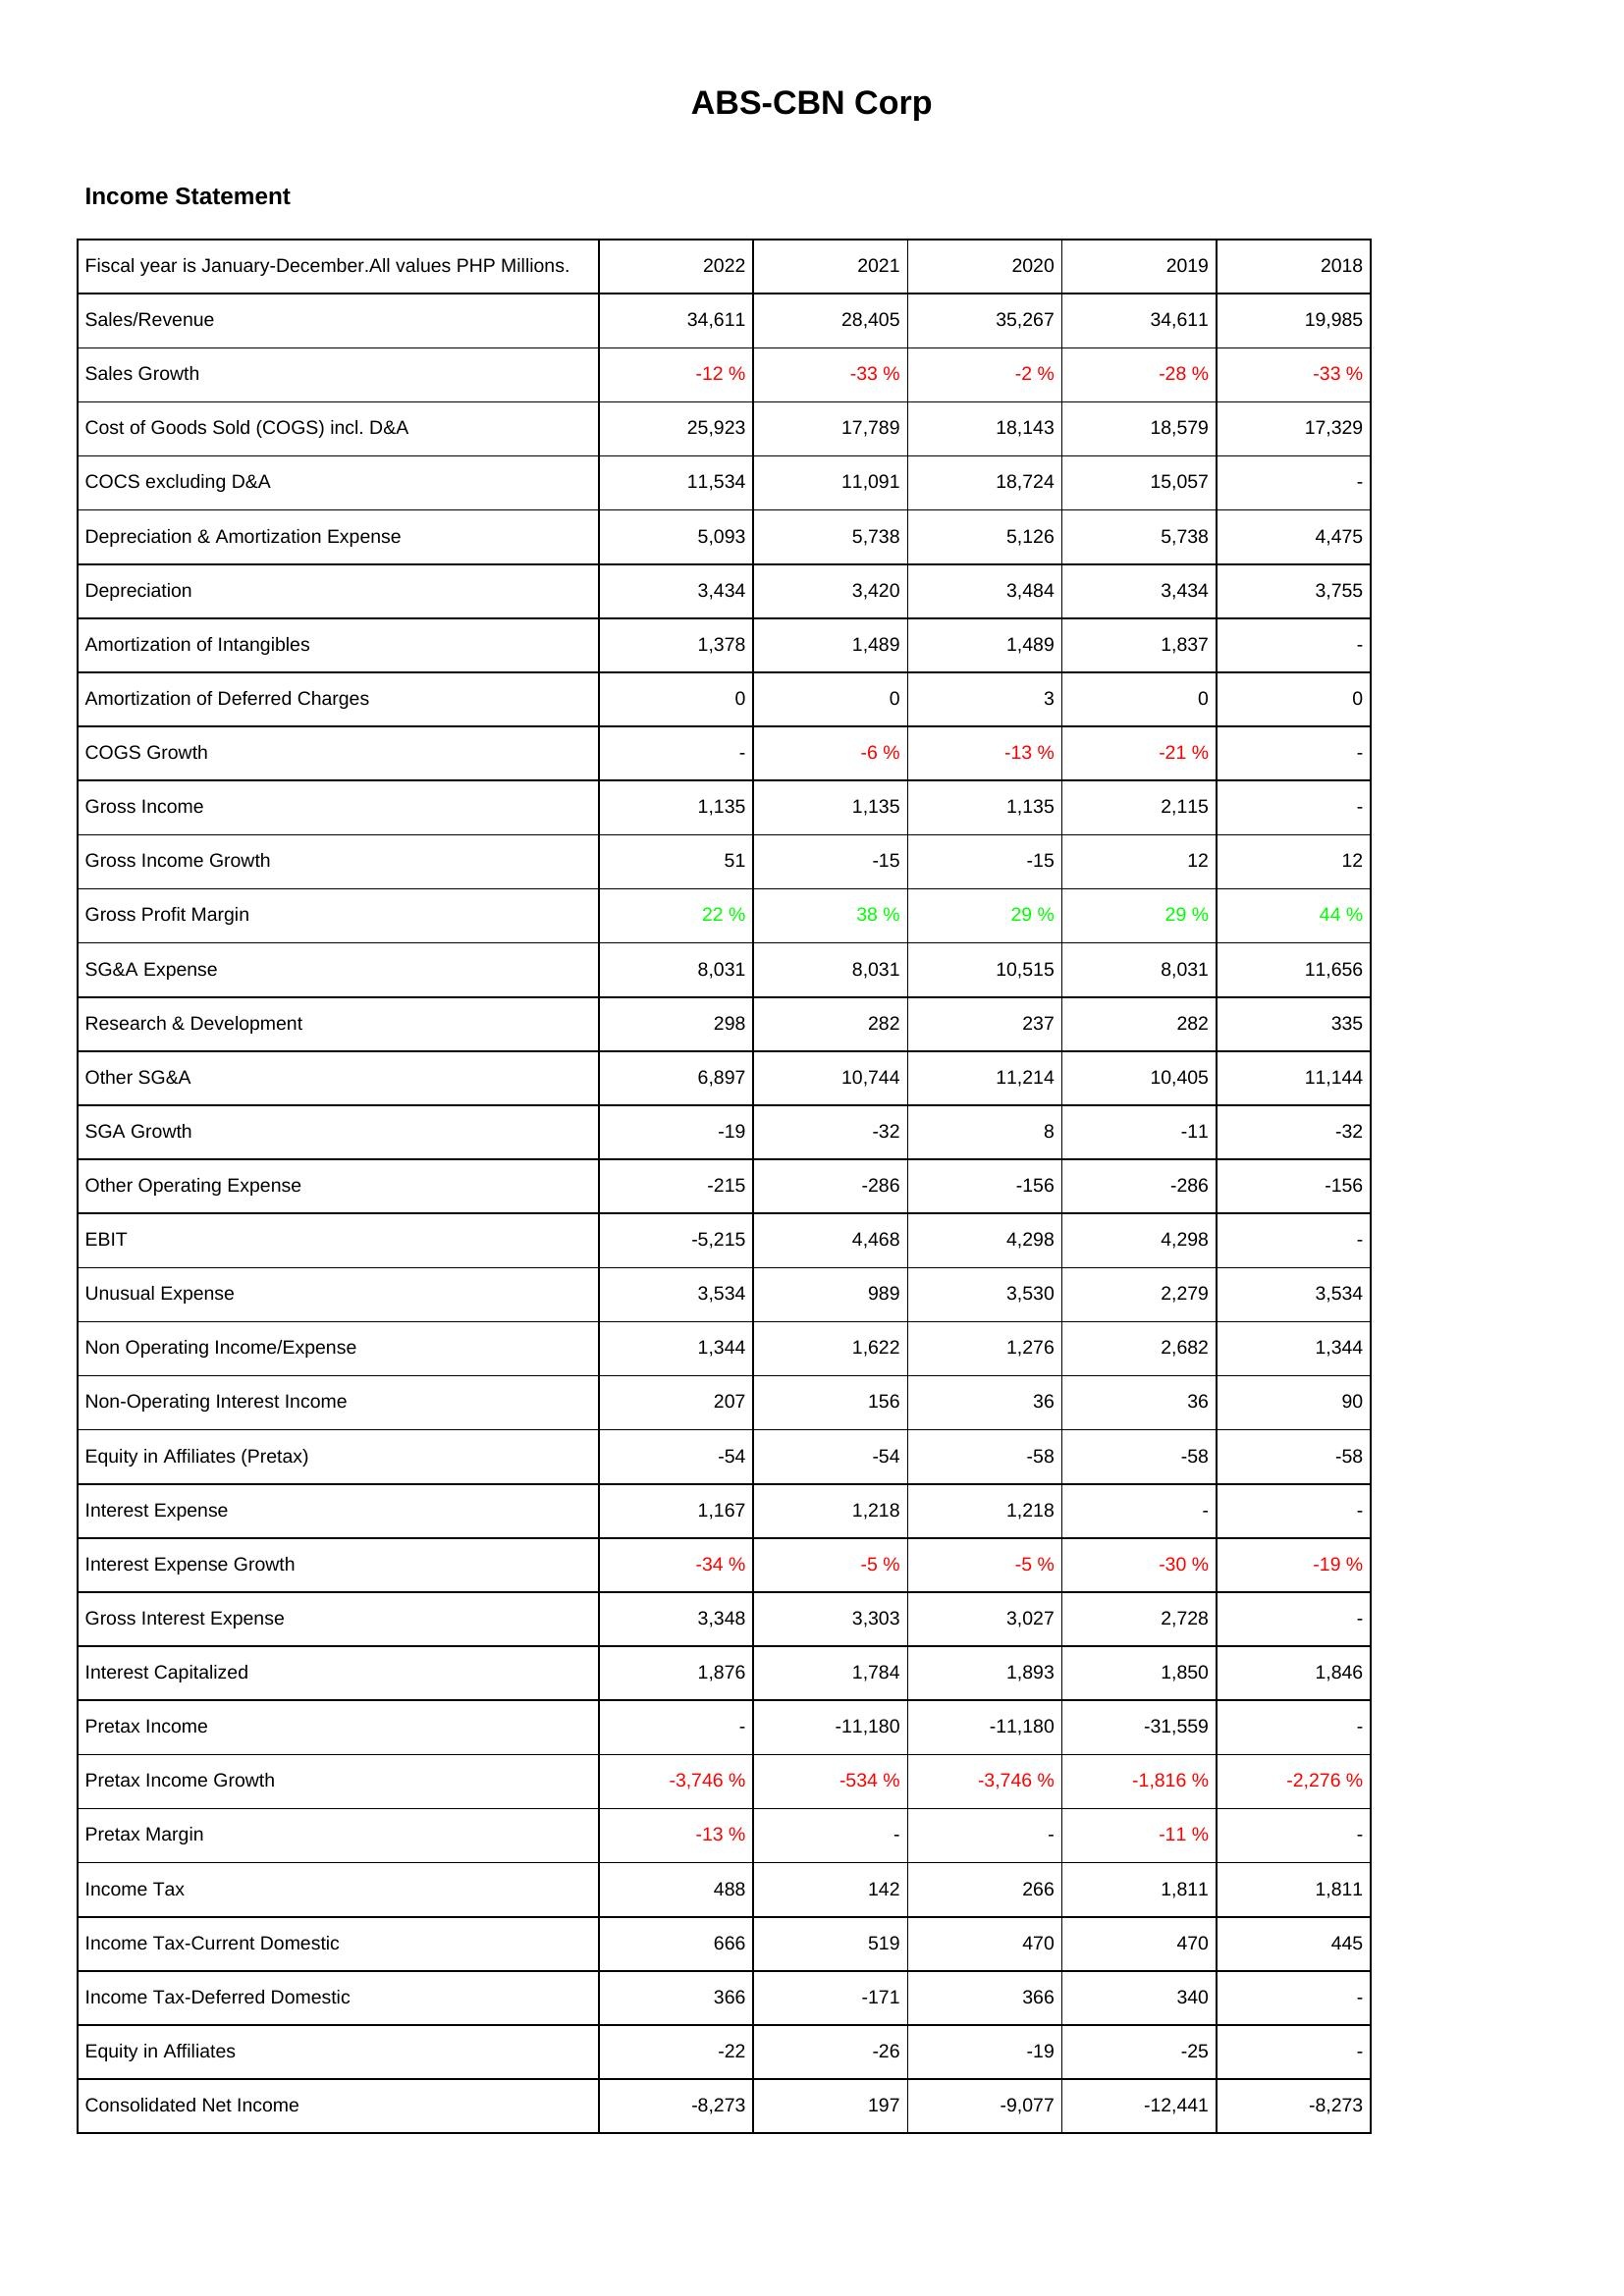
2022: Income Statement: Sales/Revenue: 34,611
Sales Growth: -12 %
Cost of Goods Sold (COGS) incl. D&A: 25,923
COCS excluding D&A: 11,534
Depreciation & Amortization Expense: 5,093
Depreciation: 3,434
Amortization of Intangibles: 1,378
Amortization of Deferred Charges: 0
COGS Growth: -
Gross Income: 1,135
Gross Income Growth: 51
Gross Profit Margin: 22 %
SG&A Expense: 8,031
Research & Development: 298
Other SG&A: 6,897
SGA Growth: -19
Other Operating Expense: -215
EBIT: -5,215
Unusual Expense: 3,534
Non Operating Income/Expense: 1,344
Non-Operating Interest Income: 207
Equity in Affiliates (Pretax): -54
Interest Expense: 1,167
Interest Expense Growth: -34 %
Gross Interest Expense: 3,348
Interest Capitalized: 1,876
Pretax Income: -
Pretax Income Growth: -3,746 %
Pretax Margin: -13 %
Income Tax: 488
Income Tax-Current Domestic: 666
Income Tax-Deferred Domestic: 366
Equity in Affiliates: -22
Consolidated Net Income: -8,273
2021: Income Statement: Sales/Revenue: 28,405
Sales Growth: -33 %
Cost of Goods Sold (COGS) incl. D&A: 17,789
COCS excluding D&A: 11,091
Depreciation & Amortization Expense: 5,738
Depreciation: 3,420
Amortization of Intangibles: 1,489
Amortization of Deferred Charges: 0
COGS Growth: -6 %
Gross Income: 1,135
Gross Income Growth: -15
Gross Profit Margin: 38 %
SG&A Expense: 8,031
Research & Development: 282
Other SG&A: 10,744
SGA Growth: -32
Other Operating Expense: -286
EBIT: 4,468
Unusual Expense: 989
Non Operating Income/Expense: 1,622
Non-Operating Interest Income: 156
Equity in Affiliates (Pretax): -54
Interest Expense: 1,218
Interest Expense Growth: -5 %
Gross Interest Expense: 3,303
Interest Capitalized: 1,784
Pretax Income: -11,180
Pretax Income Growth: -534 %
Pretax Margin: -
Income Tax: 142
Income Tax-Current Domestic: 519
Income Tax-Deferred Domestic: -171
Equity in Affiliates: -26
Consolidated Net Income: 197
2020: Income Statement: Sales/Revenue: 35,267
Sales Growth: -2 %
Cost of Goods Sold (COGS) incl. D&A: 18,143
COCS excluding D&A: 18,724
Depreciation & Amortization Expense: 5,126
Depreciation: 3,484
Amortization of Intangibles: 1,489
Amortization of Deferred Charges: 3
COGS Growth: -13 %
Gross Income: 1,135
Gross Income Growth: -15
Gross Profit Margin: 29 %
SG&A Expense: 10,515
Research & Development: 237
Other SG&A: 11,214
SGA Growth: 8
Other Operating Expense: -156
EBIT: 4,298
Unusual Expense: 3,530
Non Operating Income/Expense: 1,276
Non-Operating Interest Income: 36
Equity in Affiliates (Pretax): -58
Interest Expense: 1,218
Interest Expense Growth: -5 %
Gross Interest Expense: 3,027
Interest Capitalized: 1,893
Pretax Income: -11,180
Pretax Income Growth: -3,746 %
Pretax Margin: -
Income Tax: 266
Income Tax-Current Domestic: 470
Income Tax-Deferred Domestic: 366
Equity in Affiliates: -19
Consolidated Net Income: -9,077
2019: Income Statement: Sales/Revenue: 34,611
Sales Growth: -28 %
Cost of Goods Sold (COGS) incl. D&A: 18,579
COCS excluding D&A: 15,057
Depreciation & Amortization Expense: 5,738
Depreciation: 3,434
Amortization of Intangibles: 1,837
Amortization of Deferred Charges: 0
COGS Growth: -21 %
Gross Income: 2,115
Gross Income Growth: 12
Gross Profit Margin: 29 %
SG&A Expense: 8,031
Research & Development: 282
Other SG&A: 10,405
SGA Growth: -11
Other Operating Expense: -286
EBIT: 4,298
Unusual Expense: 2,279
Non Operating Income/Expense: 2,682
Non-Operating Interest Income: 36
Equity in Affiliates (Pretax): -58
Interest Expense: -
Interest Expense Growth: -30 %
Gross Interest Expense: 2,728
Interest Capitalized: 1,850
Pretax Income: -31,559
Pretax Income Growth: -1,816 %
Pretax Margin: -11 %
Income Tax: 1,811
Income Tax-Current Domestic: 470
Income Tax-Deferred Domestic: 340
Equity in Affiliates: -25
Consolidated Net Income: -12,441
2018: Income Statement: Sales/Revenue: 19,985
Sales Growth: -33 %
Cost of Goods Sold (COGS) incl. D&A: 17,329
COCS excluding D&A: -
Depreciation & Amortization Expense: 4,475
Depreciation: 3,755
Amortization of Intangibles: -
Amortization of Deferred Charges: 0
COGS Growth: -
Gross Income: -
Gross Income Growth: 12
Gross Profit Margin: 44 %
SG&A Expense: 11,656
Research & Development: 335
Other SG&A: 11,144
SGA Growth: -32
Other Operating Expense: -156
EBIT: -
Unusual Expense: 3,534
Non Operating Income/Expense: 1,344
Non-Operating Interest Income: 90
Equity in Affiliates (Pretax): -58
Interest Expense: -
Interest Expense Growth: -19 %
Gross Interest Expense: -
Interest Capitalized: 1,846
Pretax Income: -
Pretax Income Growth: -2,276 %
Pretax Margin: -
Income Tax: 1,811
Income Tax-Current Domestic: 445
Income Tax-Deferred Domestic: -
Equity in Affiliates: -
Consolidated Net Income: -8,273